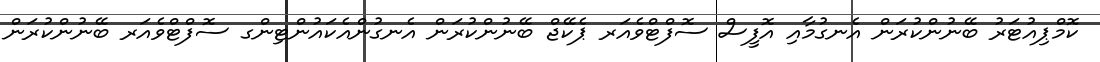
ކޮމްޕިއުޓަރު ބޭނުންކުރަން އެނގުމާއި އޮފީސް ސޮފްޓްވެއަރ ޕެކޭޖް ބޭނުންކުރަން އެނގުންއެކައުންޓިންގ ސޮފްޓްވެއަރ ބޭނުންކުރަން